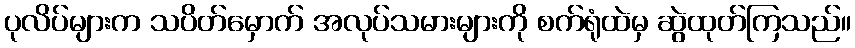
ပုလိပ်များက သပိတ်မှောက် အလုပ်သမားများကို စက်ရုံထဲမှ ဆွဲထုတ်ကြသည်။